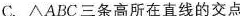
C. △ABC三条高所在直线的交点